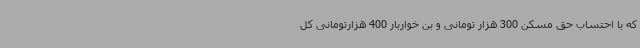
که با احتساب حق مسکن 300 هزار تومانی و بن خواربار 400 هزارتومانی کل